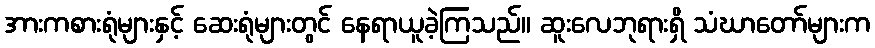
အားကစားရုံများနှင့် ဆေးရုံများတွင် နေရာယူခဲ့ကြသည်။ ဆူးလေဘုရားရှိ သံဃာတော်များက